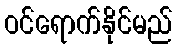
ဝင်ရောက်နိုင်မည်